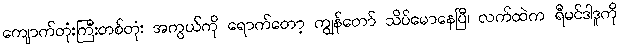
ကျောက်တုံးကြီးတစ်တုံး အကွယ်ကို ရောက်တော့ ကျွန်တော် သိပ်မောနေပြီ၊ လက်ထဲက ရီမင်ဒါဒူကို